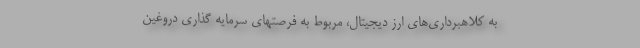
به کلاهبرداری‌های ارز دیجیتال، مربوط به فرصتهای سرمایه گذاری دروغین